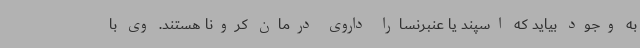
به وجود بیاید که اسپند یا عنبرنسارا داروی درمان کرونا هستند. وی با